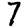
Digit: 7